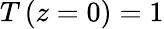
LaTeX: T\left(z=0\right)=1